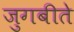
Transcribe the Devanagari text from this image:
जुगबीते